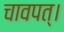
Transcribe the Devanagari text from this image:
चावपत्।